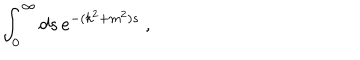
LaTeX: \int _ { 0 } ^ { \infty } d s \, e ^ { - ( k ^ { 2 } + m ^ { 2 } ) s } \ ,